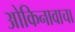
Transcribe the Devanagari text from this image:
ओकिनावाचा